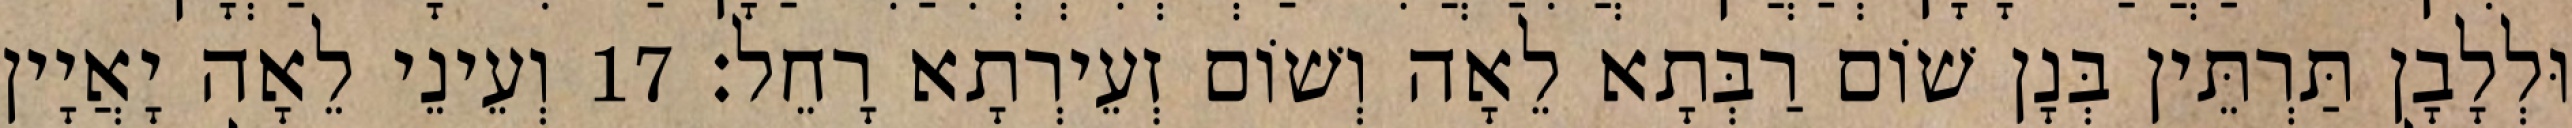
וּלְלָבָן תַּרְתֵּין בְּנָן שׁוֹם רַבְּתָא לֵאָה וְשׁוֹם זְעֵירְתָא רָחֵל׃ 17 וְעֵינֵי לֵאָה יָאֲיָין